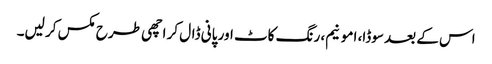
اس کے بعد سوڈا، امونیم، رنگ کاٹ اور پانی ڈال کر اچھی طرح مکس کر لیں۔